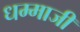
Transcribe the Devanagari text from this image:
धम्माजी